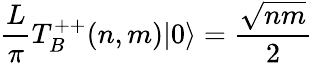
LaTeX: \frac{L}{\pi}T_{B}^{++}(n,m)|0\rangle={\frac{\sqrt{nm}}{2}}